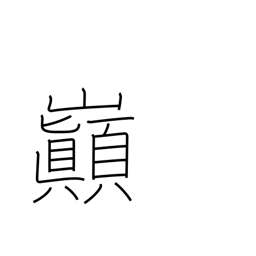
Meaning: summit